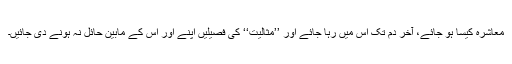
معاشرہ کیسا ہو جائے، آخر دم تک اس میں رہا جائے اور ’’مثالیت‘‘ کی فصیلیں اپنے اور اس کے مابین حائل نہ ہونے دی جائیں۔